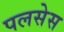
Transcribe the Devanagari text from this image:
पलसेस